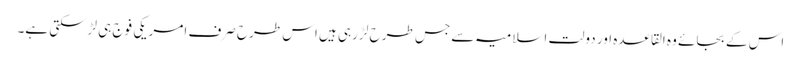
اس کے بجائے وہ القاعدہ اور دولت اسلامیہ سے جس طرح لڑ رہی ہیں اس طرح صرف امریکی فوج ہی لڑسکتی ہے۔